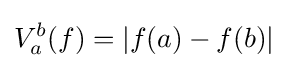
V_{a}^{b}(f)=|f(a)-f(b)|